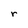
Character: r